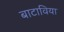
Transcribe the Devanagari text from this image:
बाटाविया